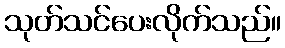
သုတ်သင်ပေးလိုက်သည်။